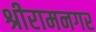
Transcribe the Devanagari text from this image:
श्रीरामनगर